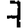
Digit: 7